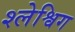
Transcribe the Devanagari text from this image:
श्लेश्विग